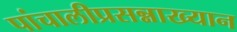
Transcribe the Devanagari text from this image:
पांचालीप्रसन्नाख्यान